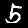
Digit: 5